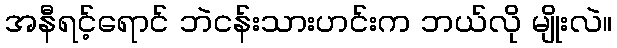
အနီရင့်ရောင် ဘဲငန်းသားဟင်းက ဘယ်လို မျိုးလဲ။